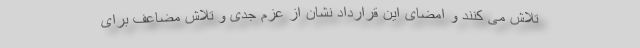
تلاش می کنند و امضای این قرارداد نشان از عزم جدی و تلاش مضاعف برای